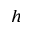
h